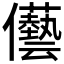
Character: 𠑢